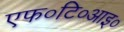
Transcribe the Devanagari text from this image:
एफ०टि०आइ०